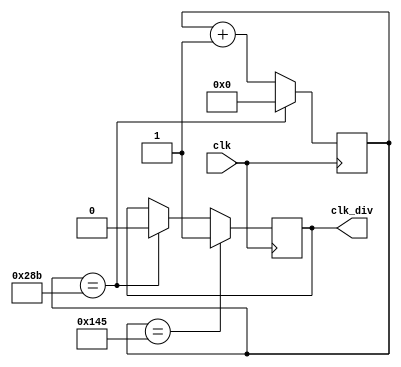
`timescale 1ns / 1ps
//////////////////////////////////////////////////////////////////////////////////
// Company: 
// Engineer: 
// 
// Design Name: 
// Module Name: clk_div
// Project Name: 
// Target Devices: 
// Tool Versions: 
// Description: 
// 
// Dependencies: 
// 
// Revision:
// Revision 0.01 - File Created
// Additional Comments:
// 
//////////////////////////////////////////////////////////////////////////////////


module clk_div(
    input clk,
    output reg clk_div
    );

reg [15:0] cnt;

always @ (posedge clk) begin
    if(cnt == 16'd325) begin
        clk_div <= 1'b1;
    end
    else if(cnt == 16'd651) begin
        clk_div <= 1'b0;
    end
end

always @ (posedge clk) begin
    if(cnt == 16'd651) begin
        cnt <= 16'd0;
    end
    else begin
        cnt <= cnt + 1'b1;
    end
end

endmodule